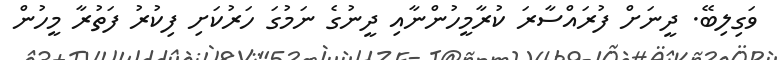
ވަގިލިބޭ. ދީނަށް ފުރައްސާރަ ކުރާމީހުންނާއި ދީނުގެ ނަމުގަ ހަރުކަށި ފިކުރު ފަތުރާ މީހުން